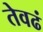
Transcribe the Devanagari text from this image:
तेवढं